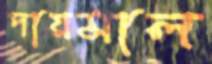
দায়মাল